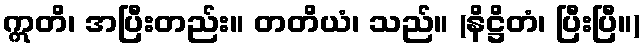
ဣတိ၊ အပြီးတည်း။ တတိယံ၊ သည်။ (နိဋ္ဌိတံ၊ ပြီးပြီ။)